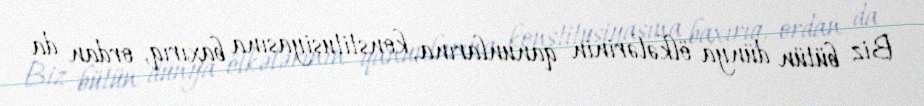
Biz bütün dünya ölkələrinin qanunlarına, konstitusiyasına baxırıq, ordan da